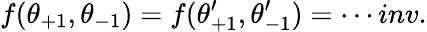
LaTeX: f(\theta_{+1},\theta_{-1})=f(\theta_{+1}^{\prime},\theta_{-1}^{\prime})=\cdots inv.